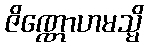
ဇိဏ္ဏောဟမသ္မိ